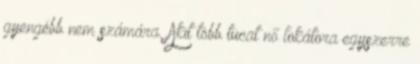
gyengébb nem számára. Akit több tucat nő lokátora egyszerre